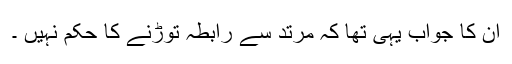
ان کا جواب یہی تھا کہ مرتد سے رابطہ توڑنے کا حکم نہیں ۔